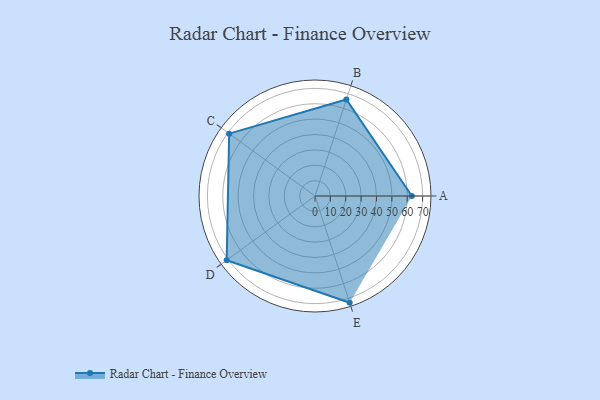
{"axis": {"x": "Skill", "y": "Score"}, "legend": ["Profile"], "data": [{"x": "A", "y": 63.0, "type": "Profile"}, {"x": "B", "y": 66.0, "type": "Profile"}, {"x": "C", "y": 69.0, "type": "Profile"}, {"x": "D", "y": 71.0, "type": "Profile"}, {"x": "E", "y": 73.0, "type": "Profile"}]}